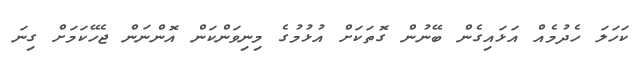
ކަހަލަ ހެދުމެއް އަޅައިގެން ބޭނުން ގޮތަކަށް އުޅުމުގެ މިނިވަންކަން އޮންނަން ޖެހޭކަމަށް ގިނަ